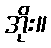
အိုး။